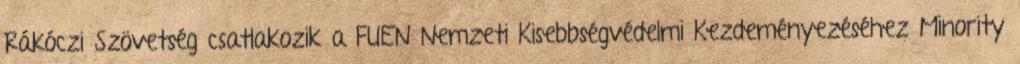
Rákóczi Szövetség csatlakozik a FUEN Nemzeti Kisebbségvédelmi Kezdeményezéséhez Minority